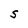
Character: S